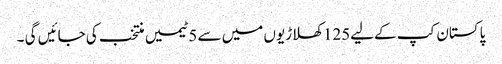
پاکستان کپ کےلیے125 کھلاڑیوں میں سے 5 ٹیمیں منتخب کی جائیں گی ۔